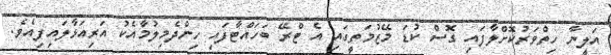
އަލީނާ ހިތްވަރުކޮށްލާފައި ގޮސް ކުޑަ މޭޒުމަތީގައި އެ ޓްރޭ ބަހައްޓާފައި ހިންދެމިލުމާއެކު އަރިއަޅާލައިފިއެވެ.